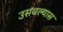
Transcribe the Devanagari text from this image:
उसवल्यास